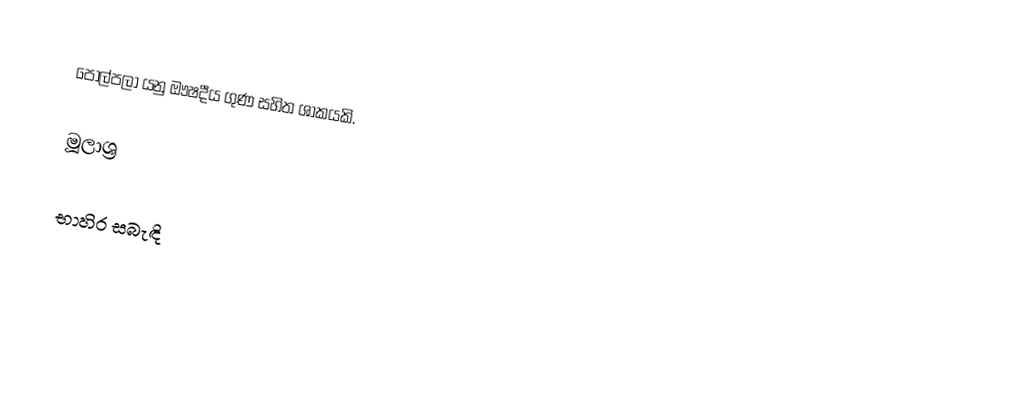
පොල්පලා යනු ඖෂදීය ගුණ සහිත ශාකයකි.

මූලාශ්‍ර

භාහිර සබැඳි